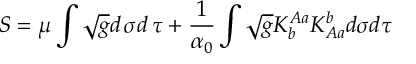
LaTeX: S = \mu \int \sqrt { g } d \, \sigma d \, \tau + \frac { 1 } { \alpha _ { 0 } } \int \sqrt { g } K _ { b } ^ { A a } K _ { A a } ^ { b } d \sigma d \tau